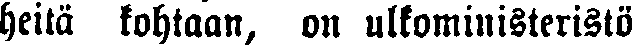
heitä kohtaan, on ulkoministeristö